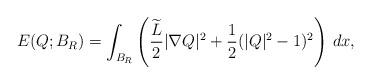
LaTeX: \begin{align*}E(Q;B_R) = \int_{B_R} \left( \frac{\widetilde L}{2}|\nabla Q|^2 + \frac 12 (|Q|^2-1)^2 \right)\, dx ,\end{align*}